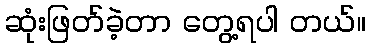
ဆုံးဖြတ်ခဲ့တာ တွေ့ရပါ တယ်။